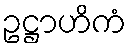
ဥဋ္ဌာဟိကံ